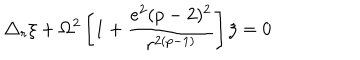
\triangle _ { r } \xi + \Omega ^ { 2 } \left[ 1 + \frac { e ^ { 2 } ( p - 2 ) ^ { 2 } } { r ^ { 2 ( p - 1 ) } } \right] \xi = 0